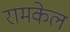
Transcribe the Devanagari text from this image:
रामकेल